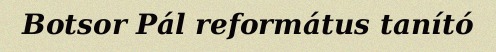
Botsor Pál református tanító